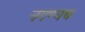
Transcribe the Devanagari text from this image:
नगण्यच